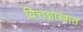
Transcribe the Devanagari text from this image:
वित्तशास्त्रात